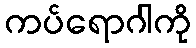
ကပ်ရောဂါကို